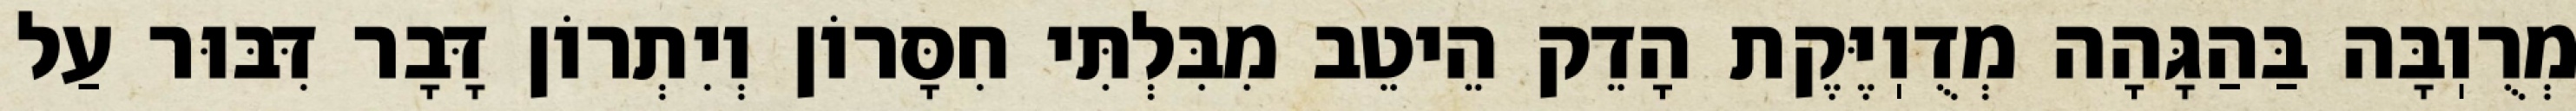
מְרֻוֽבָּה בַּהַגָּהָה מְדֻוֽיֶּקֶת הָדֵק הֵיטֵב מִבִּלְתִּי חִסָּרוֹן וְיִתְרוֹן דָּבָר דִּבּוּר עַל